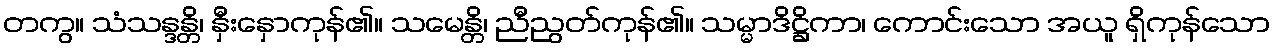
တကွ။ သံသန္ဒန္တိ၊ နှီးနှောကုန်၏။ သမေန္တိ၊ ညီညွတ်ကုန်၏။ သမ္မာဒိဋ္ဌိကာ၊ ကောင်းသော အယူ ရှိကုန်သော